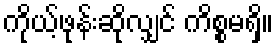
ကိုယ့်ဖုန်းဆိုလျှင် ကိစ္စမရှိ။